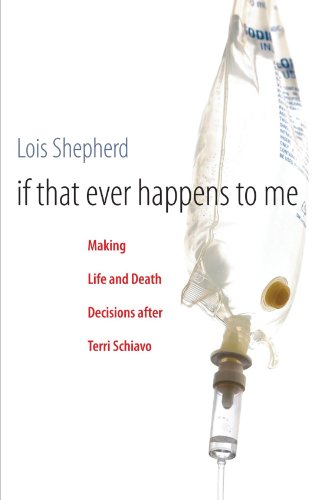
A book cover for If That Ever Happens to Me: Making Life and Death Decisions after Terri Schiavo (Studies in Social Medicine); Lois Shepherd; Medical Books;